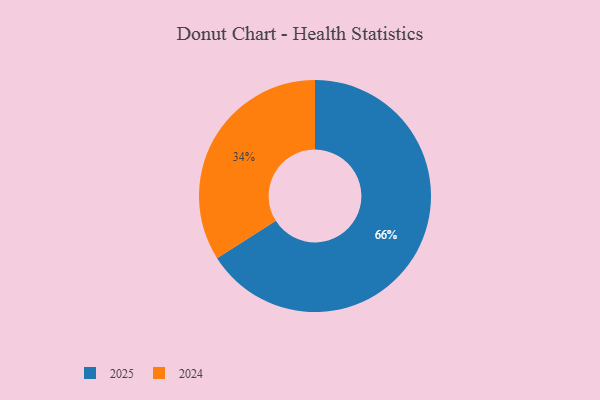
{"axis": {"x": "Category", "y": "Percentage"}, "legend": ["2024", "2025"], "data": [{"x": "2025", "y": 66, "type": "2025"}, {"x": "2024", "y": 34, "type": "2024"}]}